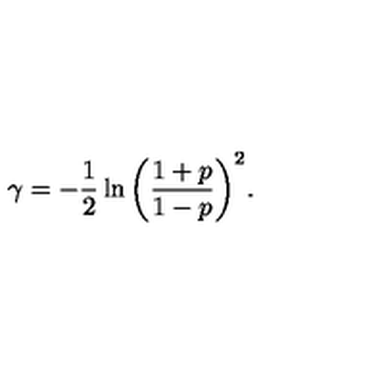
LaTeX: \gamma = - \frac { 1 } { 2 } \ln { \left( \frac { 1 + p } { 1 - p } \right) ^ { 2 } } .